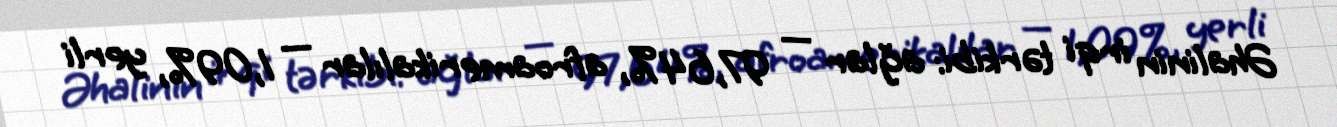
Əhalinin irqi tərkibi: ağlar — 97,64%, afroamerikalılar — 1,09%, yerli